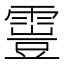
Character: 𩄟